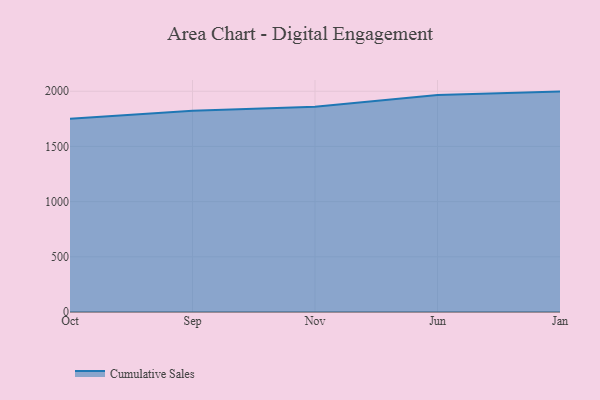
{"axis": {"x": "Month", "y": "LTV (USD)"}, "legend": ["Cumulative Sales"], "data": [{"x": "Oct", "y": 1751.5, "type": "Cumulative Sales"}, {"x": "Sep", "y": 1822.9, "type": "Cumulative Sales"}, {"x": "Nov", "y": 1859.0, "type": "Cumulative Sales"}, {"x": "Jun", "y": 1965.3, "type": "Cumulative Sales"}, {"x": "Jan", "y": 1996.8, "type": "Cumulative Sales"}]}